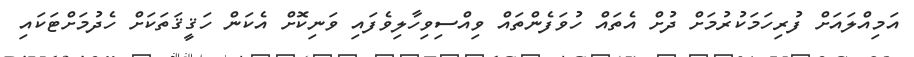
އަމިއްލައަށް ފުރިހަމަކުރުމަށް ދުށް އެތައް ހުވަފެންތައް ވިއްސިވިހާލިވެފައި ވަނިކޮށް އެކަން ހަޤީޤަތަކަށް ހެދުމަށްޓަކައި